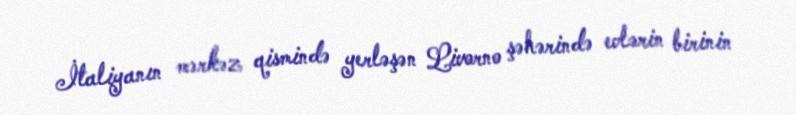
İtaliyanın mərkəz qismində yerləşən Livorno şəhərində evlərin birinin